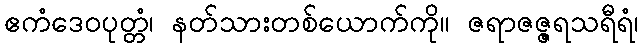
ဧကံဒေဝပုတ္တံ၊ နတ်သားတစ်ယောက်ကို။ ဇရာဇဇ္ဇရသရီရံ၊